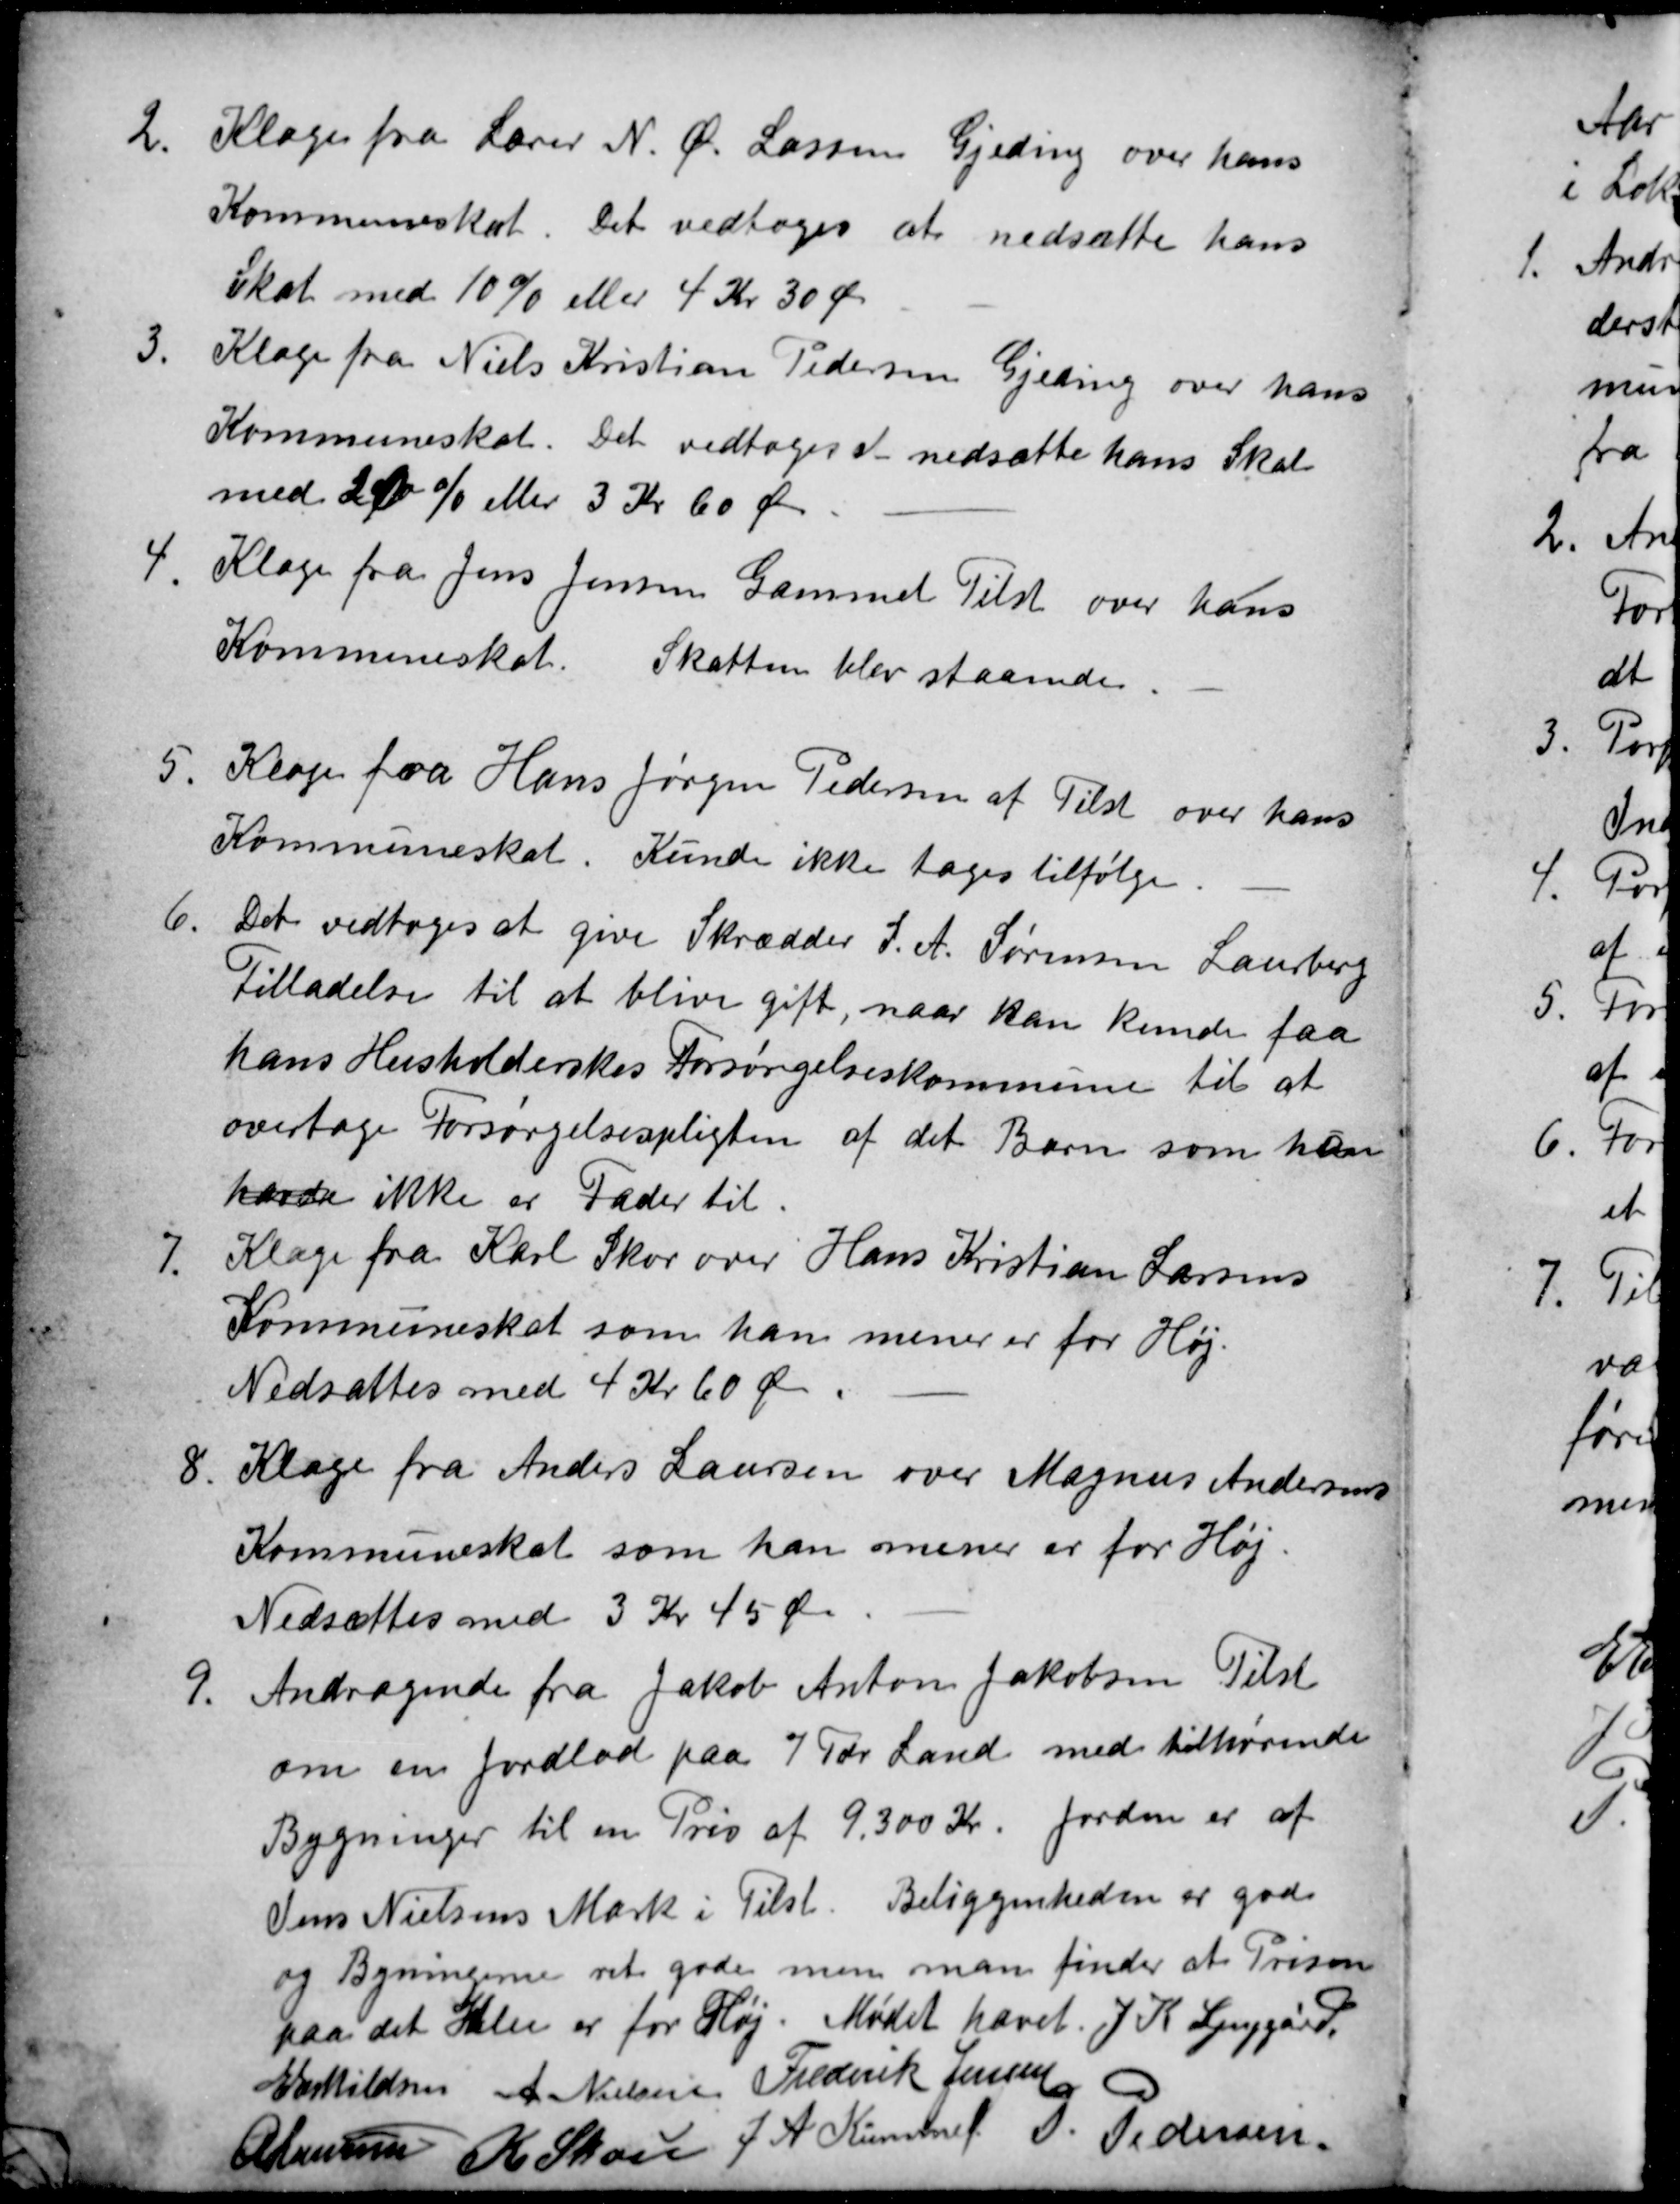
Transskription:
2
Klage fra Lærer N. Ø. Lassen Gjeding over hans
Kommuneskat. Det vedtoges at nedsætte hans
Skat med 10 % eller 4 Kr 30 Øre
3.
Klage fra Niels Kristian Pedersen Gjeding over hans
Kommuneskat. Det vedtoges at nedsætte hans Skat
med 10 % eller 3 Kr 60 Øre
4.
Klage fra Jens Jensen Gammel Tilst over hans
Kommuneskat. Skatten blev staaende.
5
Klage fra Hans Jørgen Pedersen af Tilst over hans
Kommuneskat. Kunde ikke tages tilfølge.
6.
Det vedtoges at give Skrædder S. A. Sørensen Laurberg
Tilladelse til at blive gift, naar han kunde faa
hans Husholderskes Forsørgelseskommune til at
overtage Forsørgelsespligten af det Barn som han
havde ikke er Fader til.
7.
Klage fra Karl Skov over Hans Kristian Larsens
Kommuneskat som han mener er for Høj.
Nedsattes med 4 Kr 60 Øre
8
Klage fra Anders Laursen over Magnus Andersens
Kommuneskat som han mener er for Høj.
Nedsættes med 3 Kr 45 Øre
9.
Andragende fra Jakob Anton Jakobsen Tilst
om en Jordlod paa 7 Tdr. Land med tilhørende
Bygninger til en Pris af 9.300 Kr. Jorden er af
Jens Nielsens Mark i Tilst. Beliggenheden er god
og Bygningerne ret gode men man finder at Prisen
paa det Hele er for Høj. Mødet hævet. J. K. Lynggård.
E Eskildsen A. Nielsen Frederik Jensen
A Laursen K. Skou J A Kümmel P. Pedersen.